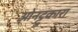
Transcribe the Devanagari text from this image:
ओनट्टुकारा